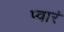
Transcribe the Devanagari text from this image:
प्वारं